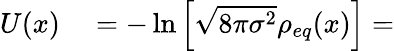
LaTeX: \begin{array}{rl}{U(x)}&{{}=-\ln\left[\sqrt{8\pi\sigma^{2}}\rho_{eq}(x)\right]=}\end{array}